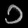
Digit: ၁